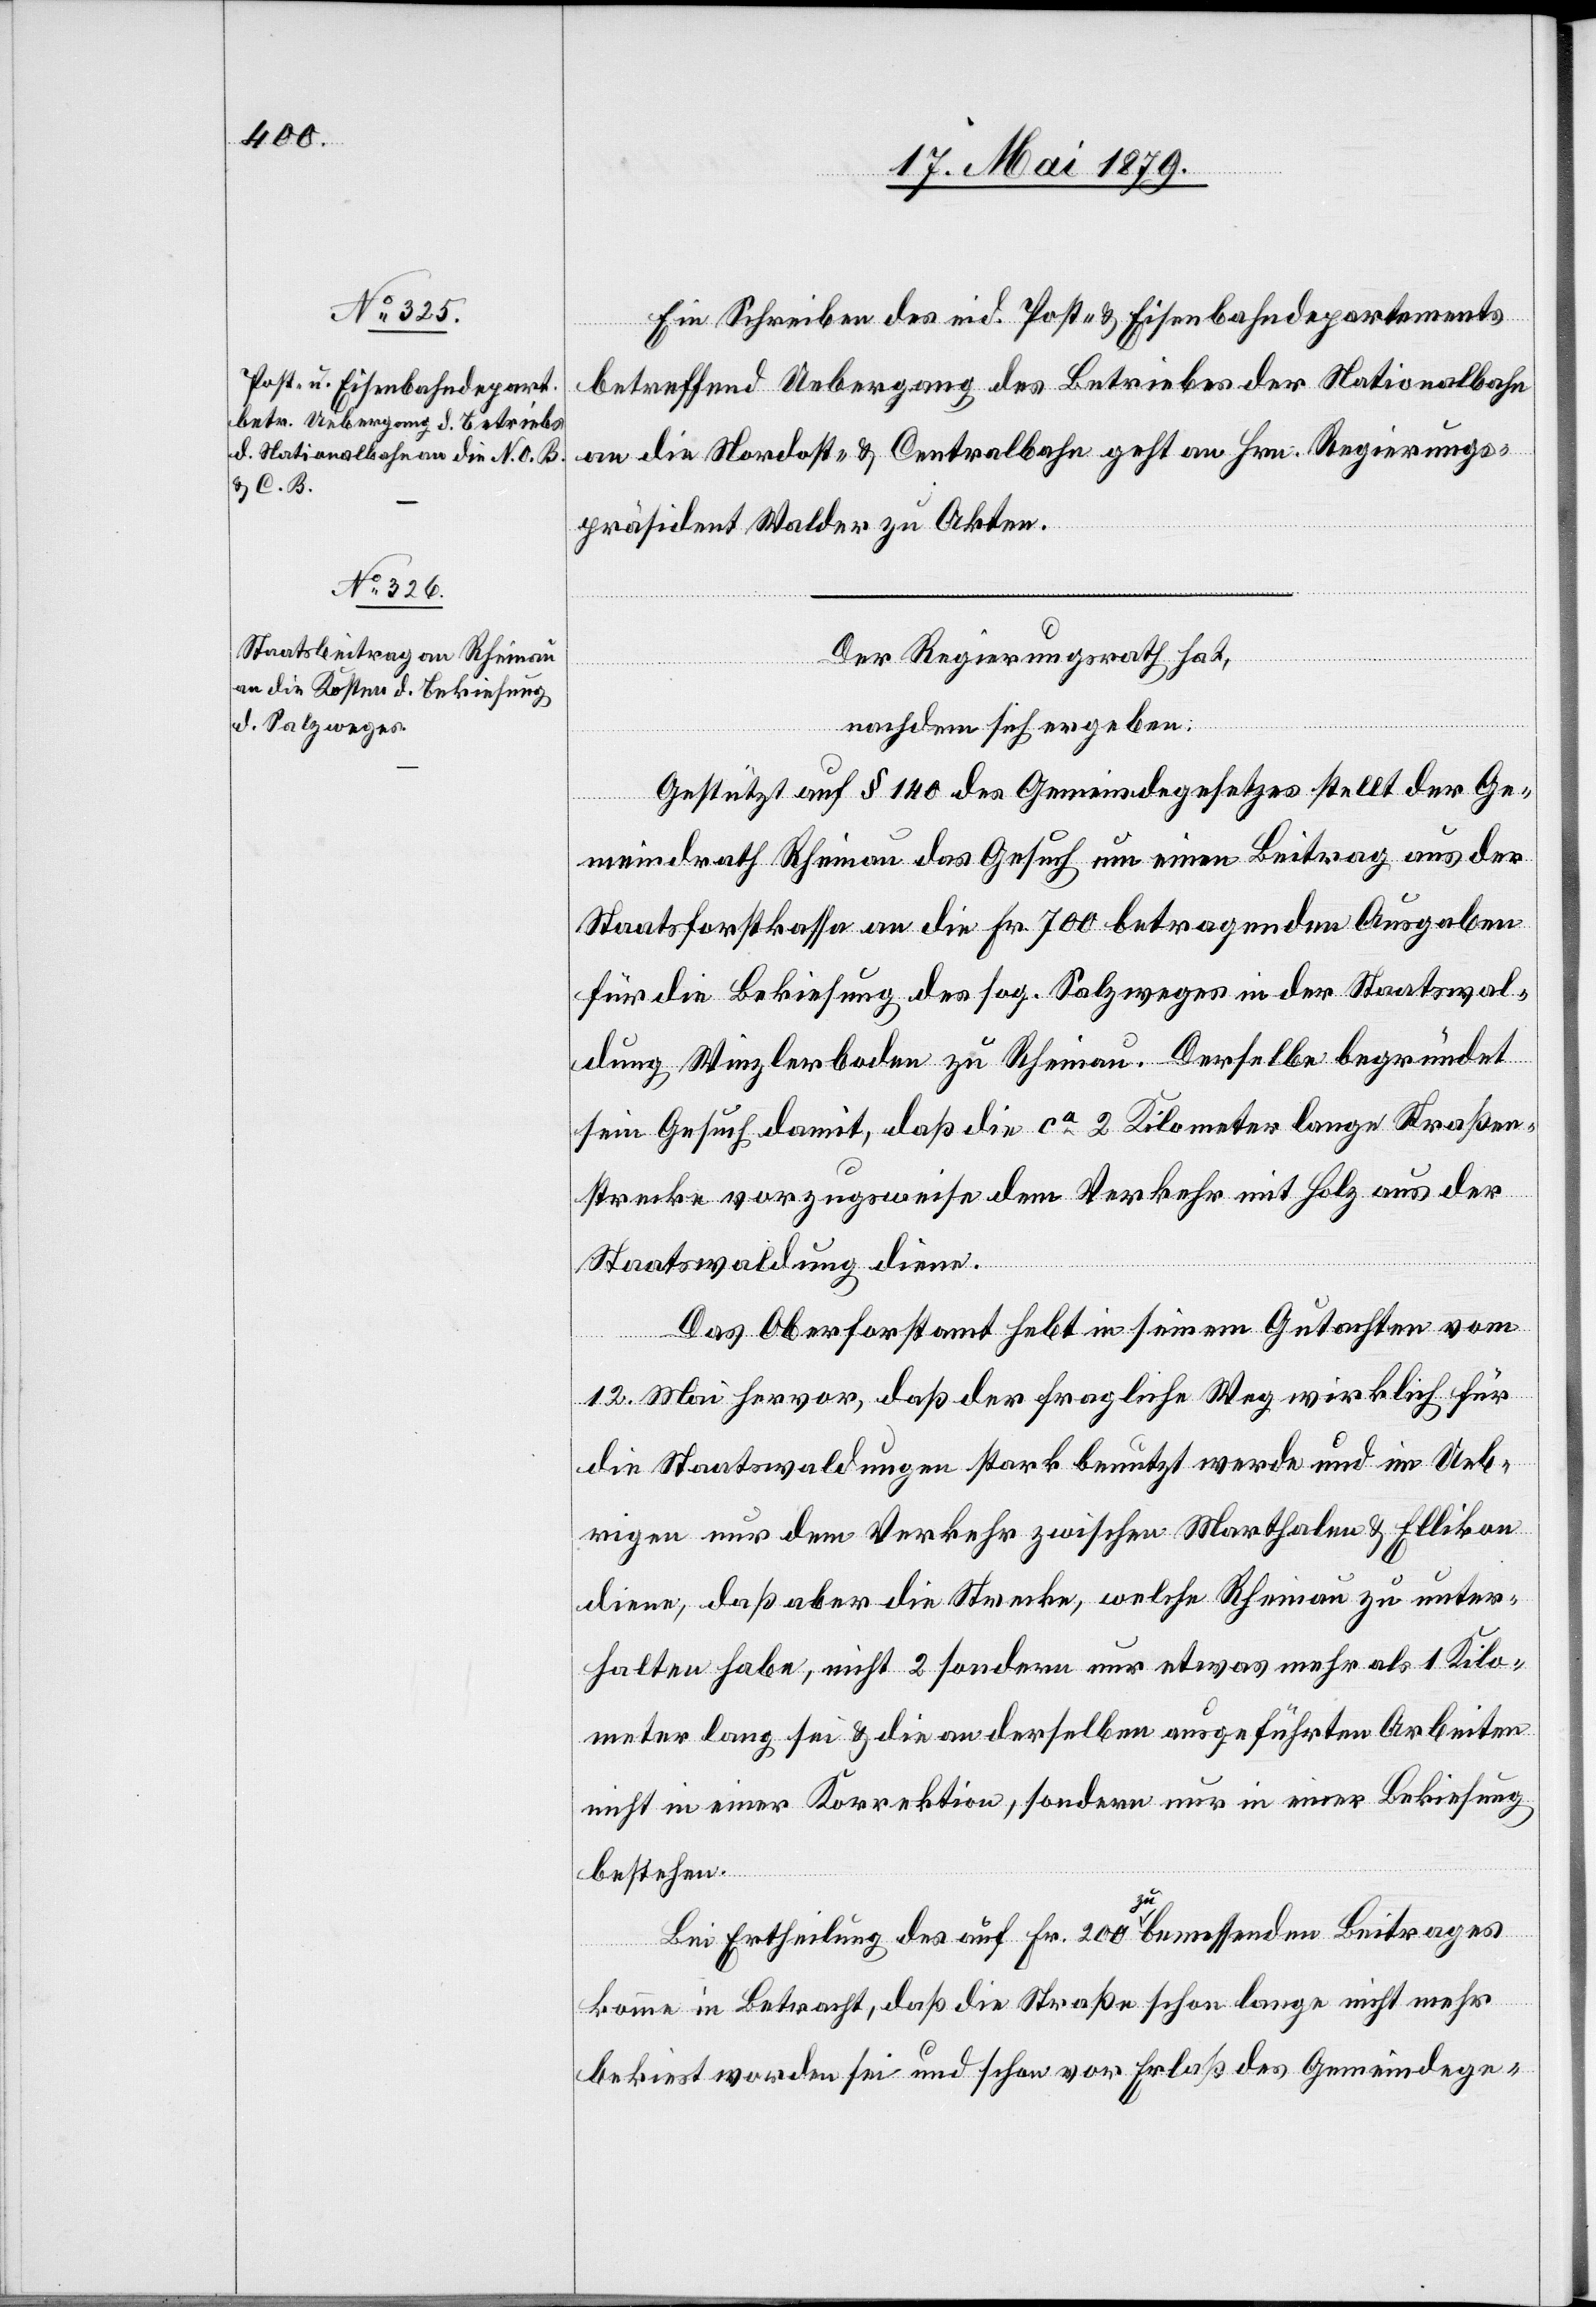
Ein Schreiben des eid. Post- & Eisenbahndepartements
betreffend Uebergang des Betriebes der Nationalbahn
an die Nordost- & Centralbahn geht an Hrn. Regierungs¬
präsident Walder zu Akten.
Der Regierungsrath hat,
nachdem sich ergeben:
Gestützt auf § 140 des Gemeindegesetzes stellt der Ge¬
meindrath Rheinau das Gesuch um einen Beitrag aus der
Staatsforstkassa an die Fr. 700 betragenden Ausgaben
für die Bekiesung des sog. Salzweges in der Staatswal¬
dung Winzlerboden zu Rheinau. Derselbe begründet
sein Gesuch damit, daß die ca 2 Kilometer lange Straßen¬
strecke vorzugsweise dem Verkehr mit Holz aus der
Staatswaldung diene.
Das Oberforstamt hebt in seinem Gutachten vom
12. Mai hervor, daß der fragliche Weg wirklich für
die Staatswaldungen stark benutzt werde und im Ueb¬
rigen nur dem Verkehr zwischen Marthalen & Ellikon
diene, daß aber die Strecke, welche Rheinau zu unter¬
halten habe, nicht 2 sondern nur etwas mehr als 1 Kilo¬
meter lang sei & die an derselben ausgeführten Arbeiten
nicht in einer Korrektion, sondern nur in einer Bekiesung
bestehen.
Bei Ertheilung des auf Fr. 200 zu bemessenden Beitrages
komme in Betracht, daß die Straße schon lange nicht mehr
bekiest worden sei und schon vor Erlaß des Gemeindege-